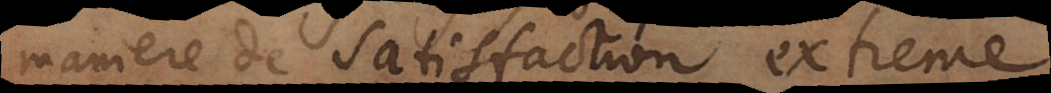
maniere de satisfaction extreme